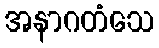
အနာဂတံသေ